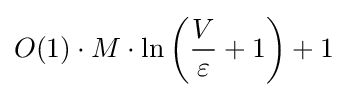
O(1)\cdot M\cdot \ln \left({\frac {V}{\varepsilon }}+1\right)+1